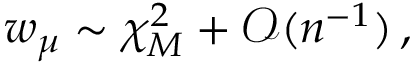
w _ { \boldsymbol { \mu } } \sim \chi _ { M } ^ { 2 } + \mathcal { O } ( n ^ { - 1 } ) \, ,